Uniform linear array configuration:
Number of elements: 4
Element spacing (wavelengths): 0.5
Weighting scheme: binomial
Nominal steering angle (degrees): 15
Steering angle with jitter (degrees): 13.507
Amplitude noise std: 0.05
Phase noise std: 0.05

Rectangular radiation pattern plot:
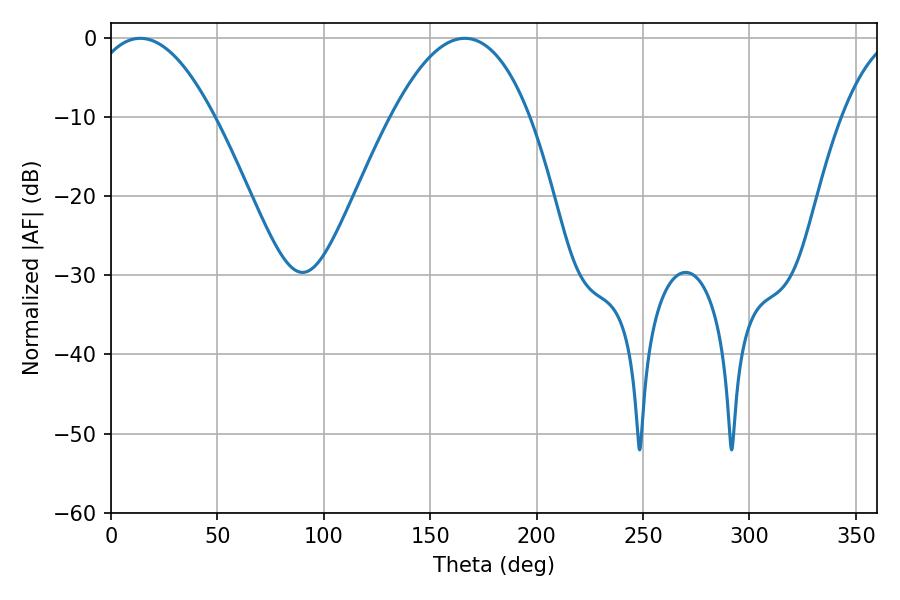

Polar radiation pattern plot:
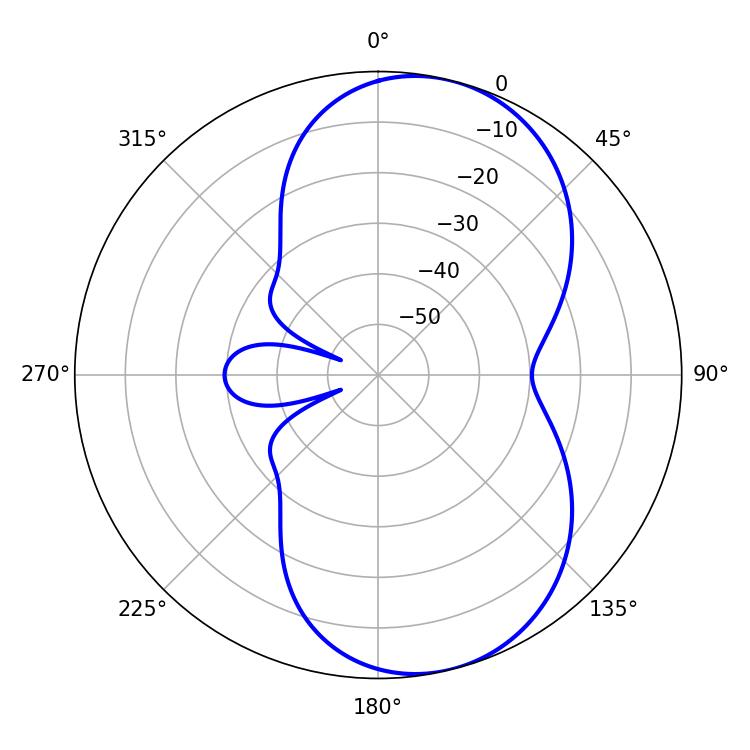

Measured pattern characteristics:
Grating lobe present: FALSE
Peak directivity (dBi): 7.687
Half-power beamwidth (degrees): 32.4
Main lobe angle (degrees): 13.68